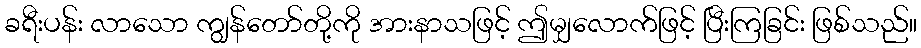
ခရီးပန်း လာသော ကျွန်တော်တို့ကို အားနာသဖြင့် ဤမျှလောက်ဖြင့် ပြီးကြခြင်း ဖြစ်သည်။